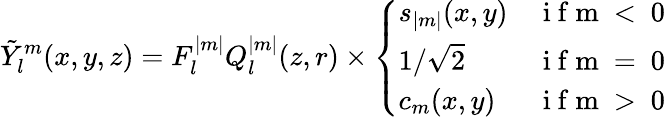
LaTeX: \tilde{Y}_{l}^{m}(x,y,z)=F_{l}^{|m|}Q_{l}^{|m|}(z,r)\times\left\{ \begin{array}{ll}{s_{|m|}(x,y)}&{\mathrm{~i~f~m~<~0~}}\\ {1/\sqrt{2}}&{\mathrm{~i~f~m~=~0~}}\\ {c_{m}(x,y)}&{\mathrm{~i~f~m~>~0~}}\end{array}\right.